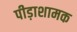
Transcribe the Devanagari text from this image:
पीड़ाशामक